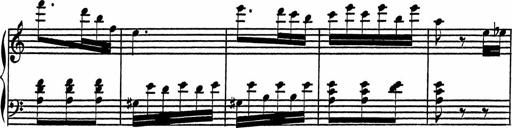
Title: 4 Piano Sonatinas
Composer: Adam Geibel